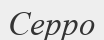
Серро